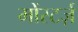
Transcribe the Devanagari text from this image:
मोंस्टर्ज़